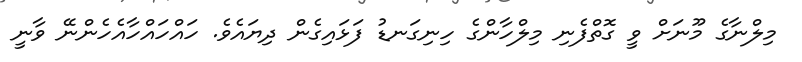
މިލްނާގެ މޫނަށް ވީ ގޮތްފެނި މިލްހާންގެ ހިނިގަނޑު ފަޅައިގެން ދިޔައެވެ. ހައްހައްހާއެހެންނޭ ވާނީ